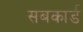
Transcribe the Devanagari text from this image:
सबकार्ड